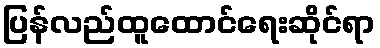
ပြန်လည်ထူထောင်ရေးဆိုင်ရာ